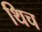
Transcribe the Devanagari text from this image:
थिच